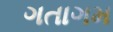
ગતાગમ